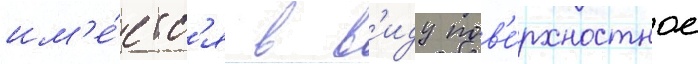
им'е́етс'я в в'иду пов'е́рхностное